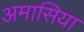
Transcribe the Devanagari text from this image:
अमासिया